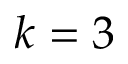
k = 3